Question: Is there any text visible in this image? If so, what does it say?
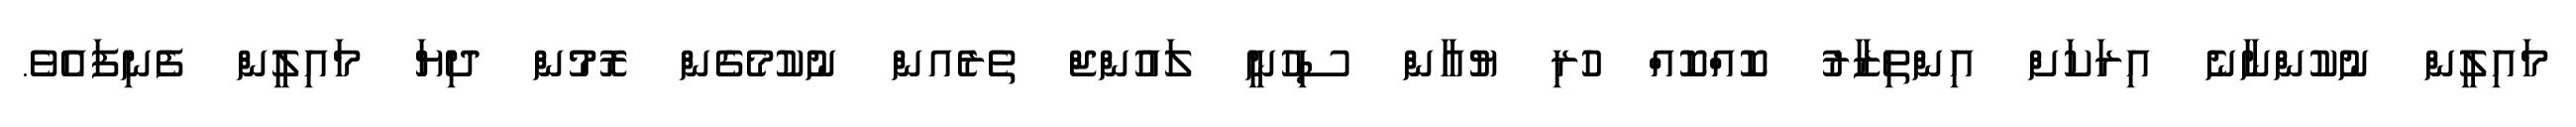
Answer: މައިލީން ނުކުންނާނެ އިރަކަށް އިންތިޒާރު ކޮއްކޮއް ހުރި ޔުއާން ސިހުނީ ލައުންޖް ތެރެއން ނުކުމެގެން ރޮމުން ދިޔަ މައިލީން ފެނިފައެވެ.